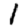
Digit: 1